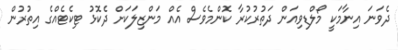
ދެވަނަ އިނާމަކީ މޯލްޑިވިއަން ދަތުރުކުރާ ކޮންމެވެސް އެއް މަންޒިލަކަށް ދެކޮޅު ޓިކެޓެއްގެ އިތުރުން